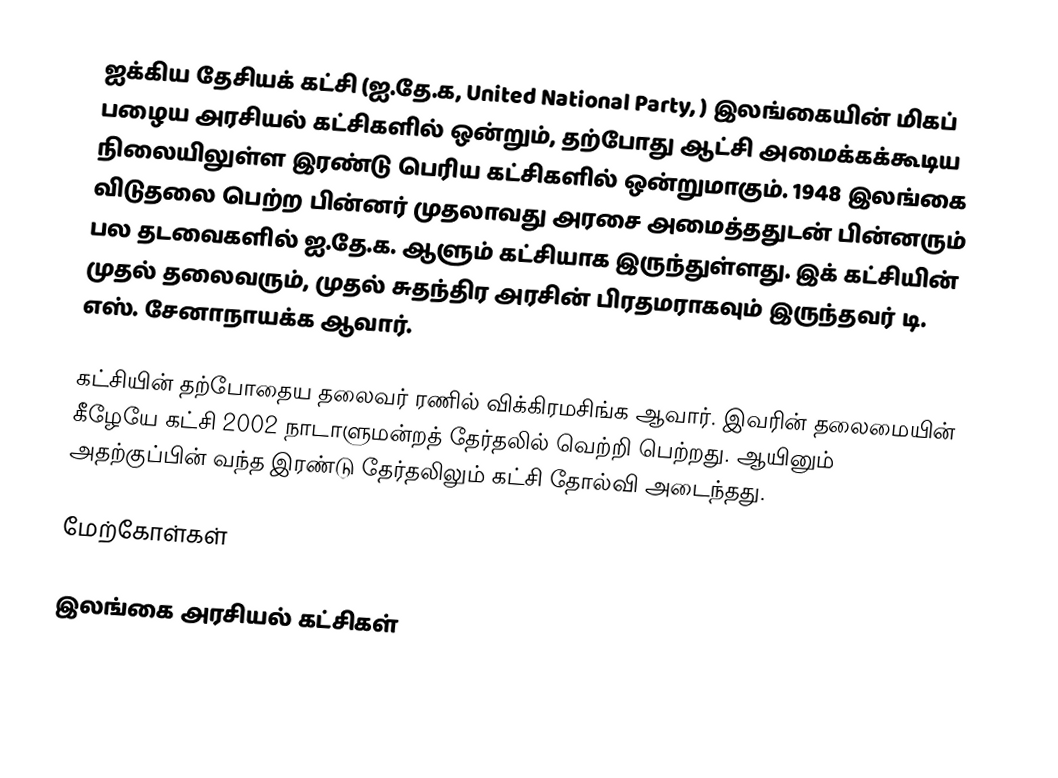
ஐக்கிய தேசியக் கட்சி (ஐ.தே.க, United National Party, ) இலங்கையின் மிகப் பழைய அரசியல் கட்சிகளில் ஒன்றும், தற்போது ஆட்சி அமைக்கக்கூடிய நிலையிலுள்ள இரண்டு பெரிய கட்சிகளில் ஒன்றுமாகும். 1948 இலங்கை விடுதலை பெற்ற பின்னர் முதலாவது அரசை அமைத்ததுடன் பின்னரும் பல தடவைகளில் ஐ.தே.க. ஆளும் கட்சியாக இருந்துள்ளது. இக் கட்சியின் முதல் தலைவரும், முதல் சுதந்திர அரசின் பிரதமராகவும் இருந்தவர் டி. எஸ். சேனாநாயக்க ஆவார்.

கட்சியின் தற்போதைய தலைவர் ரணில் விக்கிரமசிங்க ஆவார். இவரின் தலைமையின் கீழேயே கட்சி 2002 நாடாளுமன்றத் தேர்தலில் வெற்றி பெற்றது. ஆயினும் அதற்குப்பின் வந்த இரண்டு தேர்தலிலும் கட்சி தோல்வி அடைந்தது.

மேற்கோள்கள்

இலங்கை அரசியல் கட்சிகள்